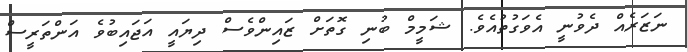
ނަޒަރެއް ދެވުނީ އެވަގުތުއެވެ. ޝަމީމް ބުނި ގޮތަށް ޒައިންވެސް ދިޔައީ އަޖައިބުވެ އަންތަރީސް